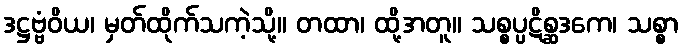
ဒဋ္ဌဗ္ဗံဝိယ၊ မှတ်ထိုက်သကဲ့သို့။ တထာ၊ ထို့အတူ။ သစ္စပ္ပဋိစ္ဆဒကေ၊ သစ္စာ